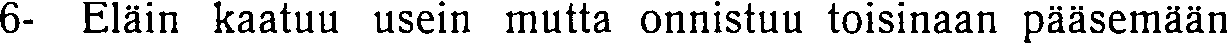
6- Eläin kaatuu usein mutta onnistuu toisinaan pääsemään